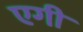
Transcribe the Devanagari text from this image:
एगी